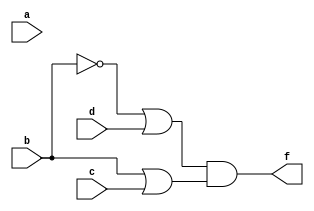
module q3(a,b,c,d,f);
input a,b,c,d;
output f;
assign f = (~b | d) & (b | c);
endmodule